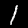
Label: 1